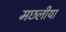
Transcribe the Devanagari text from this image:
मछलीया